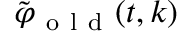
\tilde { \varphi } _ { \mathrm { ~ o ~ l ~ d ~ } } ( t , k )